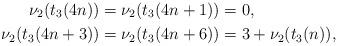
LaTeX: \begin{align*}\nu_2(t_3(4n))=\nu_2(t_3(4n+1))&=0,&\\\nu_2(t_3(4n+3))=\nu_2(t_3(4n+6))&=3+\nu_2(t_3(n)),\end{align*}